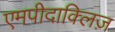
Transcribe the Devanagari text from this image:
एमपीदाक्लिज़